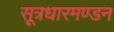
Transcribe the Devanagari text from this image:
सूत्रधारमण्डन